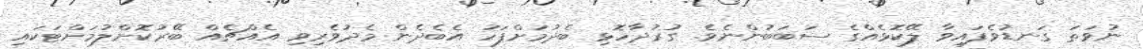
ނުވަތަ ގަނޑުވެފައިވާ ލޭކޮޅެއްގެ ސަބަބުންނެވެ. ގުރުދާހޮޅި ބެދުމަށްފަހު އެބެދެން މެދުވެރިވި އެއްޗެއް ބޭރުކޮށްލުމަށްޓަކައި